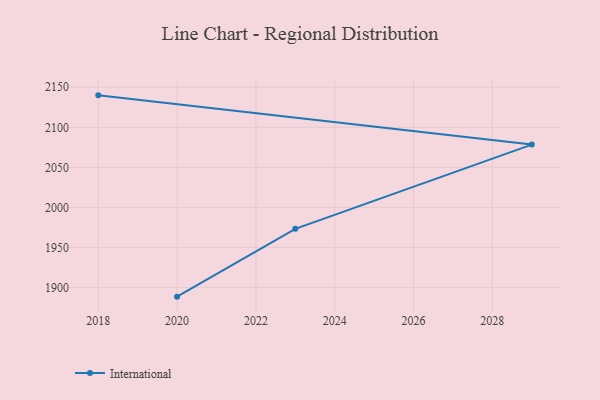
{"axis": {"x": "Year", "y": "Headcount"}, "legend": ["International"], "data": [{"x": "2018", "y": 2139.9, "type": "International"}, {"x": "2029", "y": 2078.4, "type": "International"}, {"x": "2023", "y": 1973.2, "type": "International"}, {"x": "2020", "y": 1888.5, "type": "International"}]}